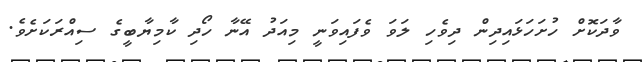
ވާދަކޮށް ހުށަހަޅައިދިން ދިވެހި ލަވަ ވެފައިވަނީ މިއަދު އޭނާ ހޯދި ކާމިޔާބީގެ ސިއްރަކަށެވެ.